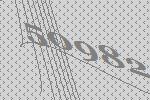
50982